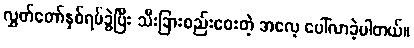
လွှတ်တော်နှစ်ရပ်ခွဲပြီး သီးခြားစည်းဝေးတဲ့ အလေ့ ပေါ်လာခဲ့ပါတယ်။